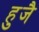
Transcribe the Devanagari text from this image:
हुजै